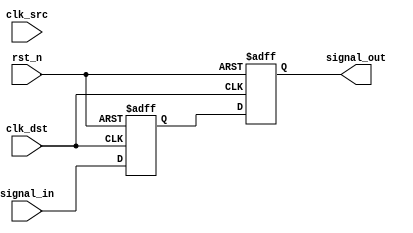
module signal_level_crossing_synchronizer (
    input wire clk_src,          // Source clock
    input wire clk_dst,          // Destination clock
    input wire rst_n,            // Active-low asynchronous reset
    input wire signal_in,        // Input signal from the source clock domain
    output reg signal_out        // Synchronized output signal for the destination clock domain
);

    // Intermediate signals for the two-stage flip-flop synchronization
    reg signal_stage1;

    // First flip-flop: samples the input signal based on the destination clock
    always @(posedge clk_dst or negedge rst_n) begin
        if (!rst_n) begin
            signal_stage1 <= 1'b0; // Reset the intermediate signal
        end else begin
            signal_stage1 <= signal_in; // Capture the input signal
        end
    end

    // Second flip-flop: samples the intermediate signal to provide the output
    always @(posedge clk_dst or negedge rst_n) begin
        if (!rst_n) begin
            signal_out <= 1'b0; // Reset the output signal
        end else begin
            signal_out <= signal_stage1; // Output the synchronized signal
        end
    end

endmodule